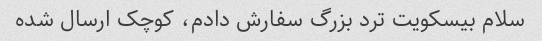
سلام بیسکویت ترد بزرگ سفارش دادم، کوچک ارسال شده